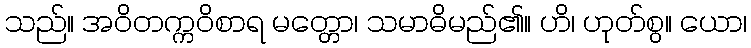
သည်။ အဝိတက္ကဝိစာရ မတ္တော၊ သမာဓိမည်၏။ ဟိ၊ ဟုတ်စွ။ ယော၊